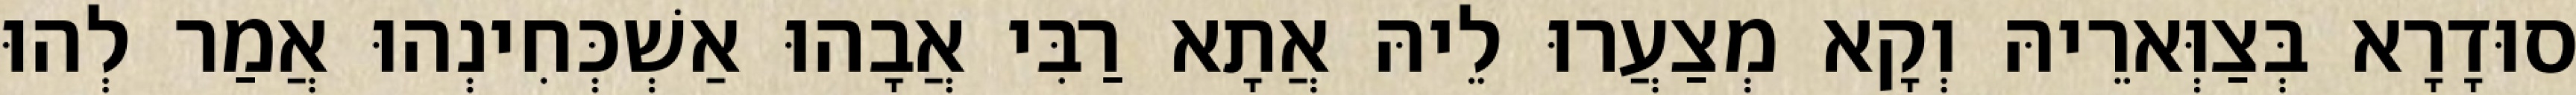
סוּדָרָא בְּצַוְּארֵיהּ וְקָא מְצַעֲרוּ לֵיהּ אֲתָא רַבִּי אֲבָהוּ אַשְׁכְּחִינְהוּ אֲמַר לְהוּ